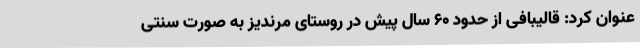
عنوان کرد: قالیبافی از حدود 60 سال پیش در روستای مرندیز به صورت سنتی